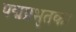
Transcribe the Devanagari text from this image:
पद्मप्रभृतका